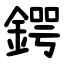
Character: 鍔